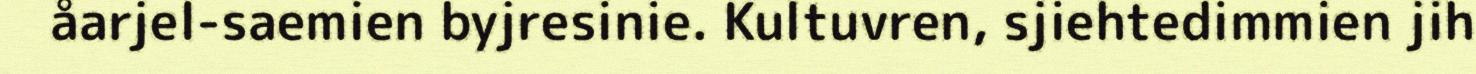
åarjel-saemien byjresinie. Kultuvren, sjiehtedimmien jih